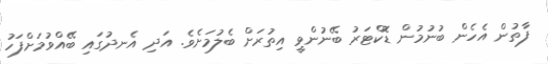
ފާތުން އެހެން ބުނުމުން ޑޮކްޓަރު ބޭނުންވީ އިތުރަށް ބެލުމަށެވެ. އަދި އެނދުގައި ބޭއްވުމަށްފަހު